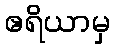
ဧရိယာမှ